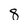
Character: 8